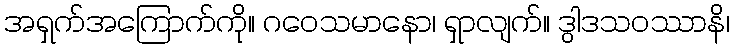
အရှက်အကြောက်ကို။ ဂဝေသမာနော၊ ရှာလျက်။ ဒွါဒသဝဿာနိ၊